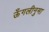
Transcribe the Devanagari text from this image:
ऊँगलीनुमा